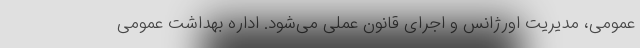
عمومی، مدیریت اورژانس و اجرای قانون عملی می‌شود. اداره بهداشت عمومی